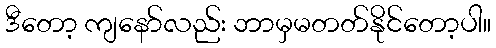
ဒီတော့ ကျနော်လည်း ဘာမှမတတ်နိုင်တော့ပါ။